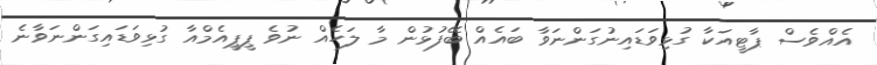
އެއްވެސް ޕާޓީއަކާ ގުޅިވަޑައިނުގަންނަވާ ބައެއް ބޭފުޅުން މާ ލަހެއް ނުވެ ޕީޕީއެމްއާ ގުޅިވަޑައިގަންނަވާނެ